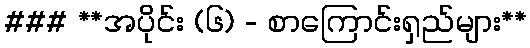
### **အပိုင်း (၆) - စာကြောင်းရှည်များ**